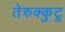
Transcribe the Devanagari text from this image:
तेरुक्कुटू